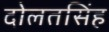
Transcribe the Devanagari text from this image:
दोलतसिंह